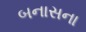
બનાસના